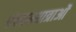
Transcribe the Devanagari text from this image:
पंचतन्मात्राओं